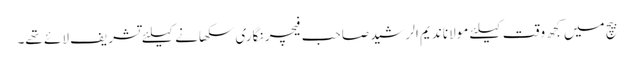
بیچ میں کجھ وقت کیلئے مولانا ندیم الرشید صاحب فیچر نگاری سکھانے کیلئے تشریف لائے تھے۔